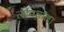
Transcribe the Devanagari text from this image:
लोमवाला